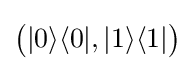
{\big (}|0\rangle \langle 0|,|1\rangle \langle 1|{\big )}